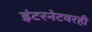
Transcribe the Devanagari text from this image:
इंटरनेटवरही